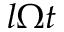
l \Omega t